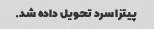
پیتزا سرد تحویل داده شد.